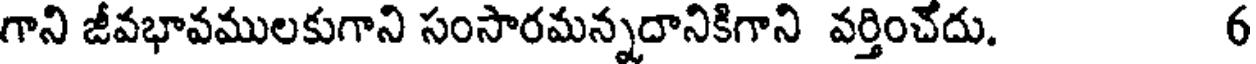
గాని జీవభావములకుగాని సంసారమన్నదానికిగాని వర్తించేదు. 6